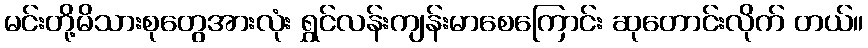
မင်းတို့မိသားစုတွေအားလုံး ရွှင်လန်းကျန်းမာစေကြောင်း ဆုတောင်းလိုက် တယ်။